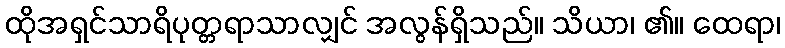
ထိုအရှင်သာရိပုတ္တရာသာလျှင် အလွန်ရှိသည်။ သိယာ၊ ၏။ ထေရာ၊